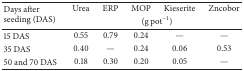
| <ROWSPAN=2> Days after seeding (DAS) | Urea | ERP | MOP | Kieserite | Zncobor |
 | <COLSPAN=5> (g pot−1) |
 | --- | --- | --- | --- | --- | --- |
 | 15 DAS | 0.55 | 0.79 | 0.24 | — | — |
 | 35 DAS | 0.40 | — | 0.24 | 0.06 | 0.53 |
 | 50 and 70 DAS | 0.18 | 0.30 | 0.20 | 0.05 | — |